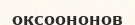
оксоононов